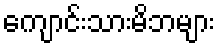
ကျောင်းသားမိဘများ